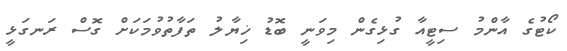
ކޯޓުގެ އާންމު ސިޓީއާ ގުޅިގެން މިވަނީ ބޮޑު ޚިޔާލު ތަފާތުވުމަކަށް ގޮސް ރަނގަޅީ